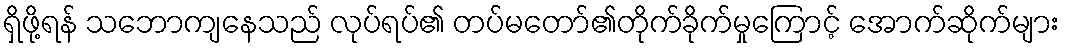
ရှိဖို့ရန် သဘောကျနေသည် လုပ်ရပ်၏ တပ်မတော်၏တိုက်ခိုက်မှုကြောင့် အောက်ဆိုက်များ